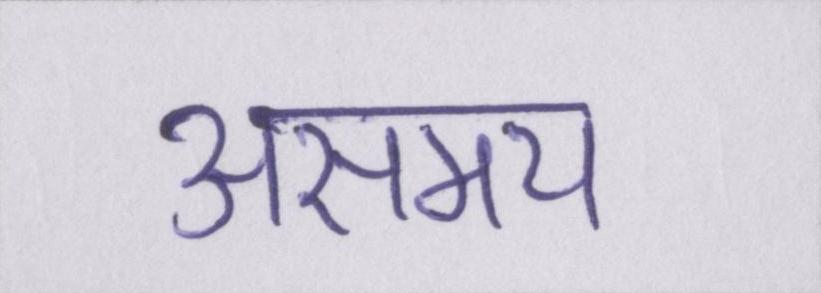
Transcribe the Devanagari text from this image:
असमय